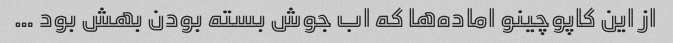
از این کاپوچینو اماده‌ها که اب جوش بسته بودن بهش بود …